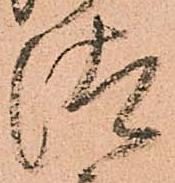
汰